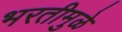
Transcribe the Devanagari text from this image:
भरतीमुळे